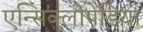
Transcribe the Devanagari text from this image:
एन्सिक्लोपेडिया